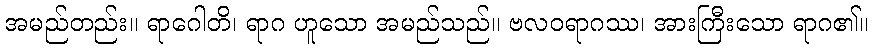
အမည်တည်း။ ရာဂေါတိ၊ ရာဂ ဟူသော အမည်သည်။ ဗလဝရာဂဿ၊ အားကြီးသော ရာဂ၏။